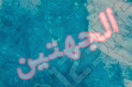
الجهتين